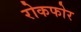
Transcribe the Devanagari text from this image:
रोकफोर